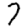
Digit: 7